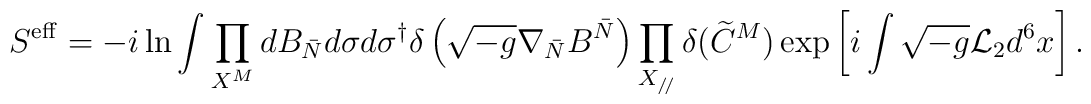
S^{\rm eff} = -i\ln\int\prod_{X^M}dB_{\bar N} d\sigma d\sigma^\dagger\delta\left(\sqrt{-g}\nabla_{\bar N}B^{\bar N}\right)\prod_{X_{/\!/}}\delta(\widetilde C^M)\exp\left[i\int\sqrt{-g}{\cal L}_2 d^6 x \right].